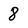
Character: 8